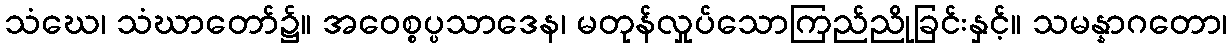
သံဃေ၊ သံဃာတော်၌။ အဝေစ္စပ္ပသာဒေန၊ မတုန်လှုပ်သောကြည်ညိုခြင်းနှင့်။ သမန္နာဂတော၊